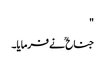
"
جناح ؒ نے فرمایا۔